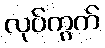
လုပ်ကွက်